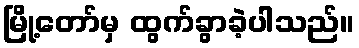
မြို့တော်မှ ထွက်ခွာခဲ့ပါသည်။